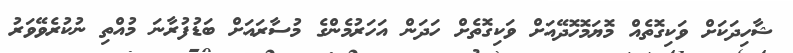
ޝާހިދަކަށް ވަކިގޮތެއް މޮޔަމޮހޮދޭއަށް ވަކިގޮތެށް ހަދަން އަހަރުމެންގެ މުސާރައަށް ބަޑުފުރާނަ މުއްތި ނުކުރެވޭވަރު